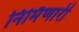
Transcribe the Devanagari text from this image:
निर्मिणारी